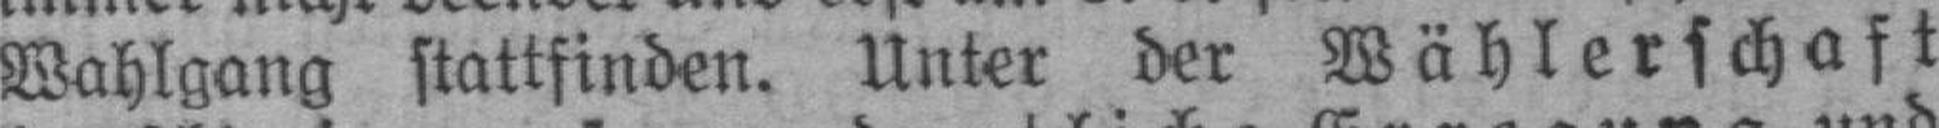
Wahlgang stattfinden. Unter der Wählerschaft